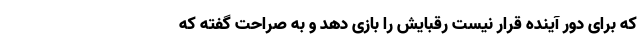
که برای دور آینده قرار نیست رقبایش را بازی دهد و به صراحت گفته که